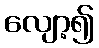
လျော့၍